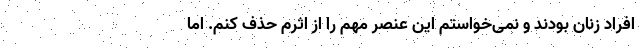
افراد زنان بودند و نمی‌خواستم این عنصر مهم را از اثرم حذف کنم. اما